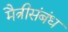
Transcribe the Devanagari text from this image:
मैत्रीसंबंध